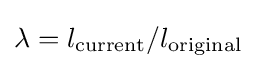
\lambda =l_{\textrm {current}}/l_{\textrm {original}}